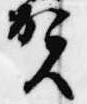
賀